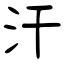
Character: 汗